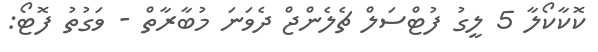
ކޮކާކޯލާ 5 ލީގު ފުޓްސަލް ޗެލެންޖް ދެވަނަ މުބާރާތް - ވަގުތު ފޮޓޯ: